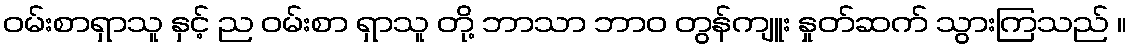
ဝမ်းစာရှာသူ နှင့် ည ဝမ်းစာ ရှာသူ တို့ ဘာသာ ဘာဝ တွန်ကျူး နှုတ်ဆက် သွားကြသည် ။